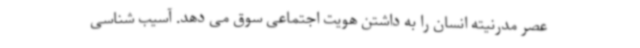
عصر مدرنیته انسان را به داشتن هویت اجتماعی سوق می دهد. آسیب شناسی